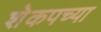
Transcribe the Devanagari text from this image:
शेकपच्या